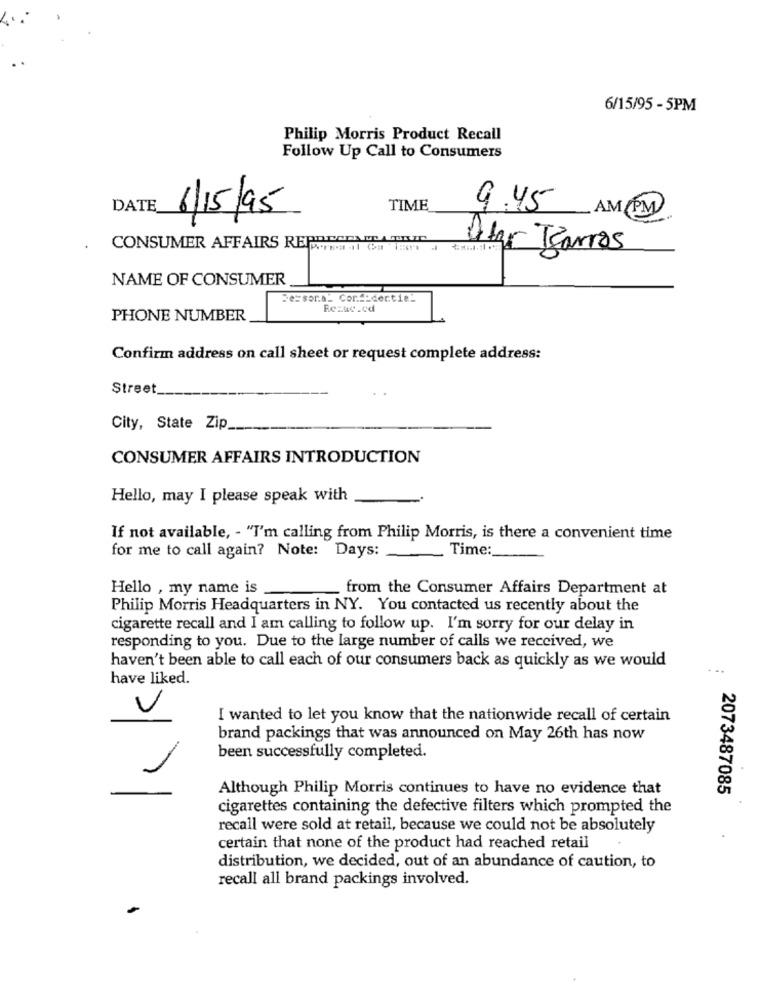
6/15/95 - 5PM
Philip Morris Product Recall
Follow Up Call to Consumers
DATE
6/15/95
TIME
9.45
AM PM
CONSUMER AFFAIRS RE ..... #1 # TEM
Delar Barros
NAME OF CONSUMER
Se=sora_ Cor __ dertie_
Rezuc .od
PHONE NUMBER
Confirm address on call sheet or request complete address:
Street.
City, State Zip
CONSUMER AFFAIRS INTRODUCTION
Hello, may I please speak with
If not available, - "I'm calling from Philip Morris, is there a convenient time
for me to call again? Note: Days:
Time:
Hello , my name is
from the Consumer Affairs Department at
Philip Morris Headquarters in NY. You contacted us recently about the
cigarette recall and I am calling to follow up. I'm sorry for our delay in
responding to you. Due to the large number of calls we received, we
haven't been able to call each of our consumers back as quickly as we would
have liked.
I wanted to let you know that the nationwide recall of certain
brand packings that was announced on May 26th has now
been successfully completed.
Although Philip Morris continues to have no evidence that
2073487085
cigarettes containing the defective filters which prompted the
recall were sold at retail, because we could not be absolutely
certain that none of the product had reached retail
distribution, we decided, out of an abundance of caution, to
recall all brand packings involved.